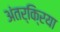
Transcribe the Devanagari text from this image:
अंतर्कि्रया